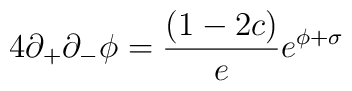
4\partial_{+}\partial_{-} \phi={(1-2c) \over e} e^{\phi+\sigma}